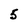
Character: 5